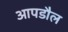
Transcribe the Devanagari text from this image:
आपडौल